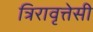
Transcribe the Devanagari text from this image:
त्रिरावृत्तेसी